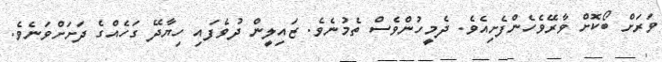
ވަރަށް ބޯކޮށް ވާރޭވެހެންފެށިއެވެ. ދެމީހުންވެސް ތެމުނެވެ. ޒައިލީން ދުވެފައި ހިޔާދޭ ގަހެއްގެ ދަށަށްވަނެވެ.